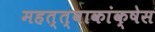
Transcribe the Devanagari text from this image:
महत्त्वाकांक्षेस